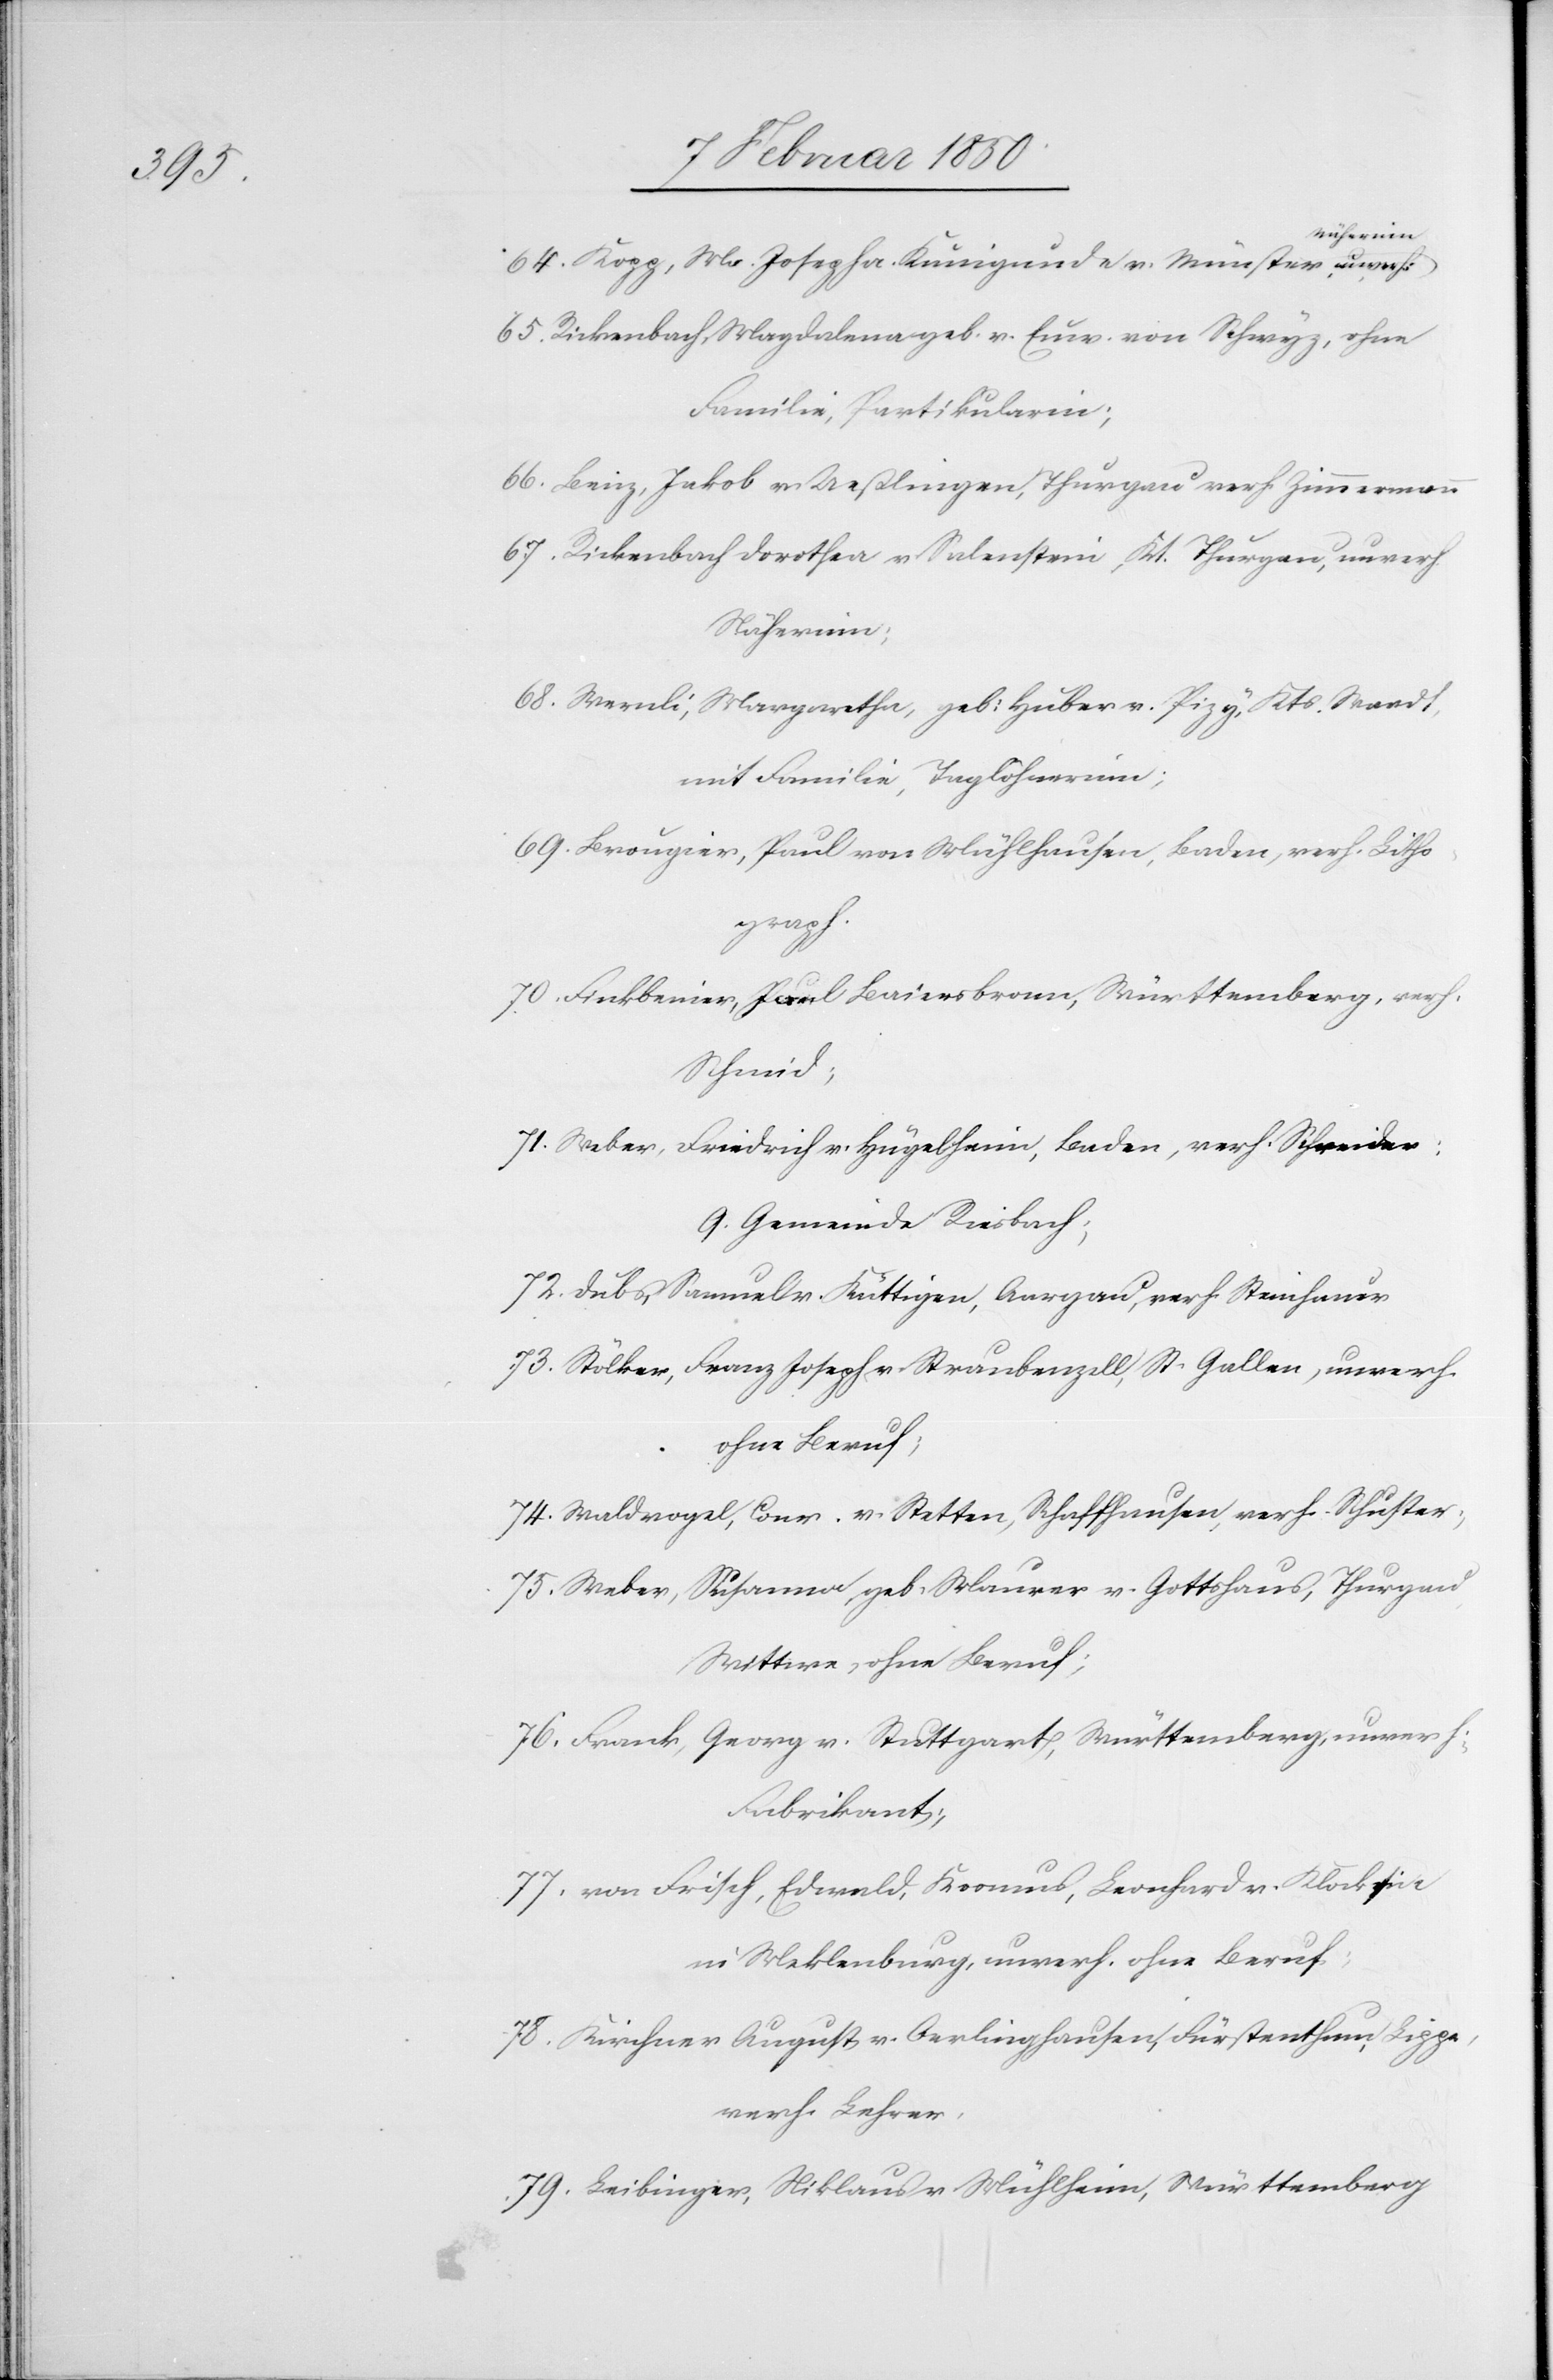
64. Kopp, Ma. Josepha. Kunigunde v. Münster, unverh:
65. Rickenbach, Magdalena geb. v. Euw. von Schwyz, ohne
Familie, Partikularin;
66. Benz, Jakkob v. Ueßlingen, Thurgau verh. Zimmermann
67. Rickenbach Dorothea v. Salenstein, Kt. Thurgau, unverh.
Näherinn;
68. Wernli, Margaretha, geb: Huber v. Pizy, Kts Waadt,
mit Familie, Taglöhnerinn;
69. Brougier, Paul von Mühlhausen, Baden, verh. Litho¬
graph.
70. Finkbenier, Paul Baiersbronn, Württemberg, verh.
Schmid;
71. Weber, Friedrich v. Hügelheim, Baden, verh. Schneider:
9. Gemeinde Riesbach;
72. Dubs, Samuel v. Küttigen, Aargau, verh. Steinhauer
73. Stölker, Franz Joseph v. Straubenzell, St. Gallen, unverh.
ohne Beruf;
74. Waldvogel, Conr. v. Stetten, Schaffhausen, verh. Schuster;
75. Weber, Susanna, geb. Maurer v. Gottshaus, Thurgau
Wittwe, ohne Beruf;
76. Frank, Georg v. Stuttgart, Württemberg, unverh.
Fabrikant;
77. von Frisch, Edwald, Koomus, Leonhard v. [? Klockin]
in Maklenburg, unverh. ohne Beruf;
78. Kirchner August v. Oerlinghausen, Fürstenthum Lippe,
verh. Lehrer,
79. Leibinger, Niklaus v. Mühlheim, Württemberg